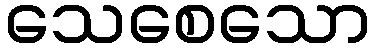
သေစေသော